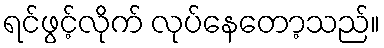
ရင်ဖွင့်လိုက် လုပ်နေတော့သည်။